Vaccination report Assam 1896-1927 - 1896-1927
Year: 1896
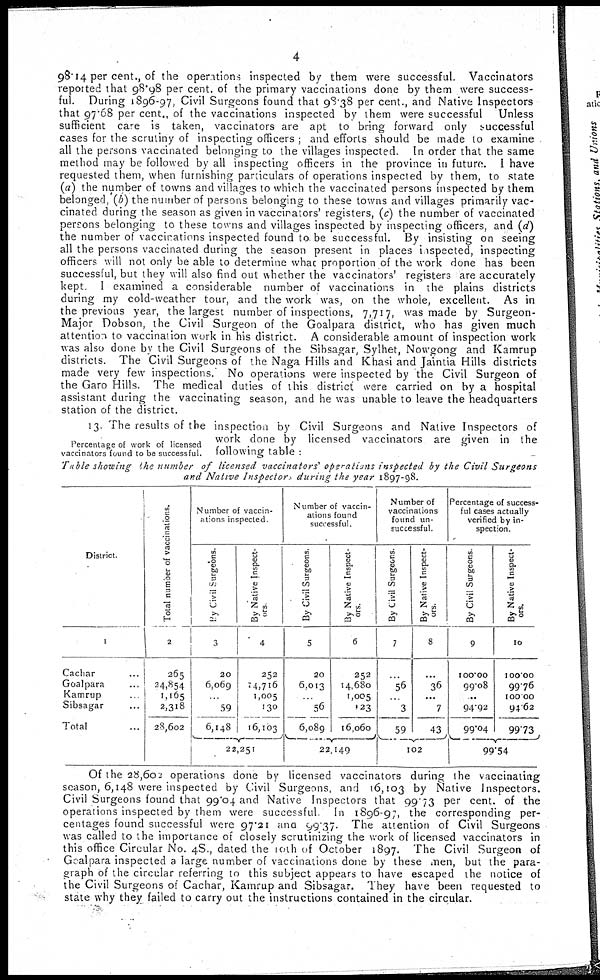
4
98.14 per cent., of the operations inspected by them were successful. Vaccinators
reported that 98.98 per cent. of the primary vaccinations done by them were success-
ful. During 1896-97, Civil Surgeons found that 98.38 per cent., and Native Inspectors
that 97.68 per cent., of the vaccinations inspected by them were successful
Unless
sufficient care is taken, vaccinators are apt to bring forward only successful
cases for the scrutiny of inspecting officers ; and efforts should be made to examine
all the persons vaccinated belonging to the villages inspected. In order that the same
method may be followed by all inspecting officers in the province in future. I have
requested them, when furnishing particulars of operations inspected by them, to state
(a) the number of towns and villages to which the vaccinated persons inspected by them
belonged, (b) the number of persons belonging to these towns and villages primarily vac-
cinated during the season as given in vaccinators' registers, (c) the number of vaccinated
persons belonging to these towns and villages inspected by inspecting officers, and (d)
the number of vaccinations inspected found to be successful. By insisting on seeing
all the persons vaccinated during the season present in places inspected, inspecting
officers will not only be able to determine what proportion of the work done has been
successful, but they will also find out whether the vaccinators' registers are accurately
kept. I examined a considerable number of vaccinations in the plains districts
during my cold-weather tour, and the work was, on the whole, excellent. As in
the previous year, the largest number of inspections, 7,717, was made by Surgeon-
Major Dobson, the Civil Surgeon of the Goalpara district, who has given much
attention to vaccination work in his district. A considerable amount of inspection work
was also done by the Civil Surgeons of the Sibsagar, Sylhet, Nowgong and Kamrup
districts. The Civil Surgeons of the Naga Hills and Khasi and Jaintia Hills districts
made very few inspections. No operations were inspected by the Civil Surgeon of
the Garo Hills. The medical duties of this district were carried on by a hospital
assistant during the vaccinating season, and he was unable to leave the headquarters
station of the district.
Percentage of work of licensed
vaccinators found to be successful.
13. The results of the inspection by Civil Surgeons and Native Inspectors of
work done by licensed vaccinators are given in the
following table :
Table showing the number of licensed vaccinators' operations inspected by the Civil Surgeons
and Native Inspector during the year 1897-98.
District.
1
Cachar ...
Goalpara...
Kamrup ...
Sibsagar ...
Total ...
Total number of vaccinations.
2
265
24,854
1,165
2,318
28,602
Number of vaccin-
ations inspected
By Civil Surgeons.
3
20
6,069
...
59
6,148
By Native Inspect-
ors
4
252
14,716
1,005
130
16,103
22,251
Number of vaccin-
ations found
successful.
By Civil Surgeons.
5
20
6,013
...
56
6,089
By Native Inspect-
ors.
6
252
14,680
1,005
123
16,060
22,149
Number of
vaccinations
found un-
successful.
By Civil Surgeons.
7
...
56
...
3
59
By Native Inspect-
ors.
8
...
36
...
7
43
102
Percentage of success-
ful cases actually
verified by in-
spection.
By Civil Surgeons.
9
100.00
99.08
...
94.92
99.04
By Native Inspect-
ors.
10
100.00
99.76
100.00
94.62
99.73
99.54
Of the 28,602 operations done by licensed vaccinators during the vaccinating
season, 6,148 were inspected by Civil Surgeons, and 16,103 by Native Inspectors.
Civil Surgeons found that 99.04 and Native Inspectors that 99.73 per cent. of the
operations inspected by them were successful
In 1896-97, the corresponding per-
centages found successful were 97.21 and 99.37. The attention of Civil Surgeons
was called to the importance of closely scrutinizing the work of licensed vaccinators in
this office Circular No. 48., dated the 10th of October 1897. The Civil Surgeon of
Goalpara inspected a large number of vaccinations done by these men, but the para-
graph of the circular referring to this subject appears to have escaped the notice of
the Civil Surgeons of Cachar, Kamrup and Sibsagar. They have been requested to
state why they failed to carry out the instructions contained in the circular.